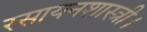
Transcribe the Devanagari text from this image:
रसायनशास्त्री।